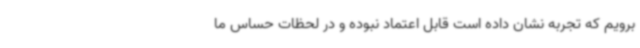
برویم که تجربه نشان داده است قابل اعتماد نبوده و در لحظات حساس ما